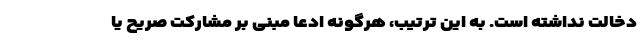
دخالت نداشته است. به این ترتیب، هرگونه ادعا مبنی بر مشارکت صریح یا